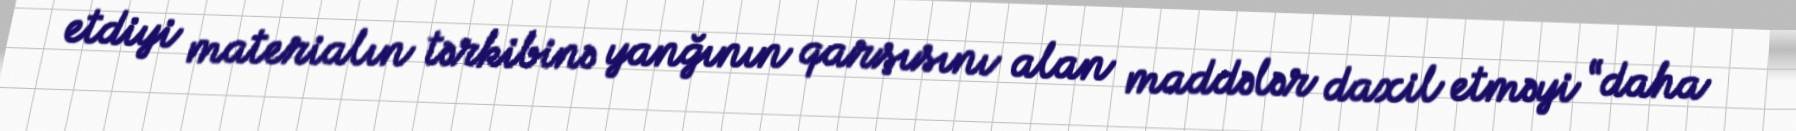
etdiyi materialın tərkibinə yanğının qarşısını alan maddələr daxil etməyi “daha